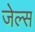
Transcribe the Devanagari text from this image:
जेल्स